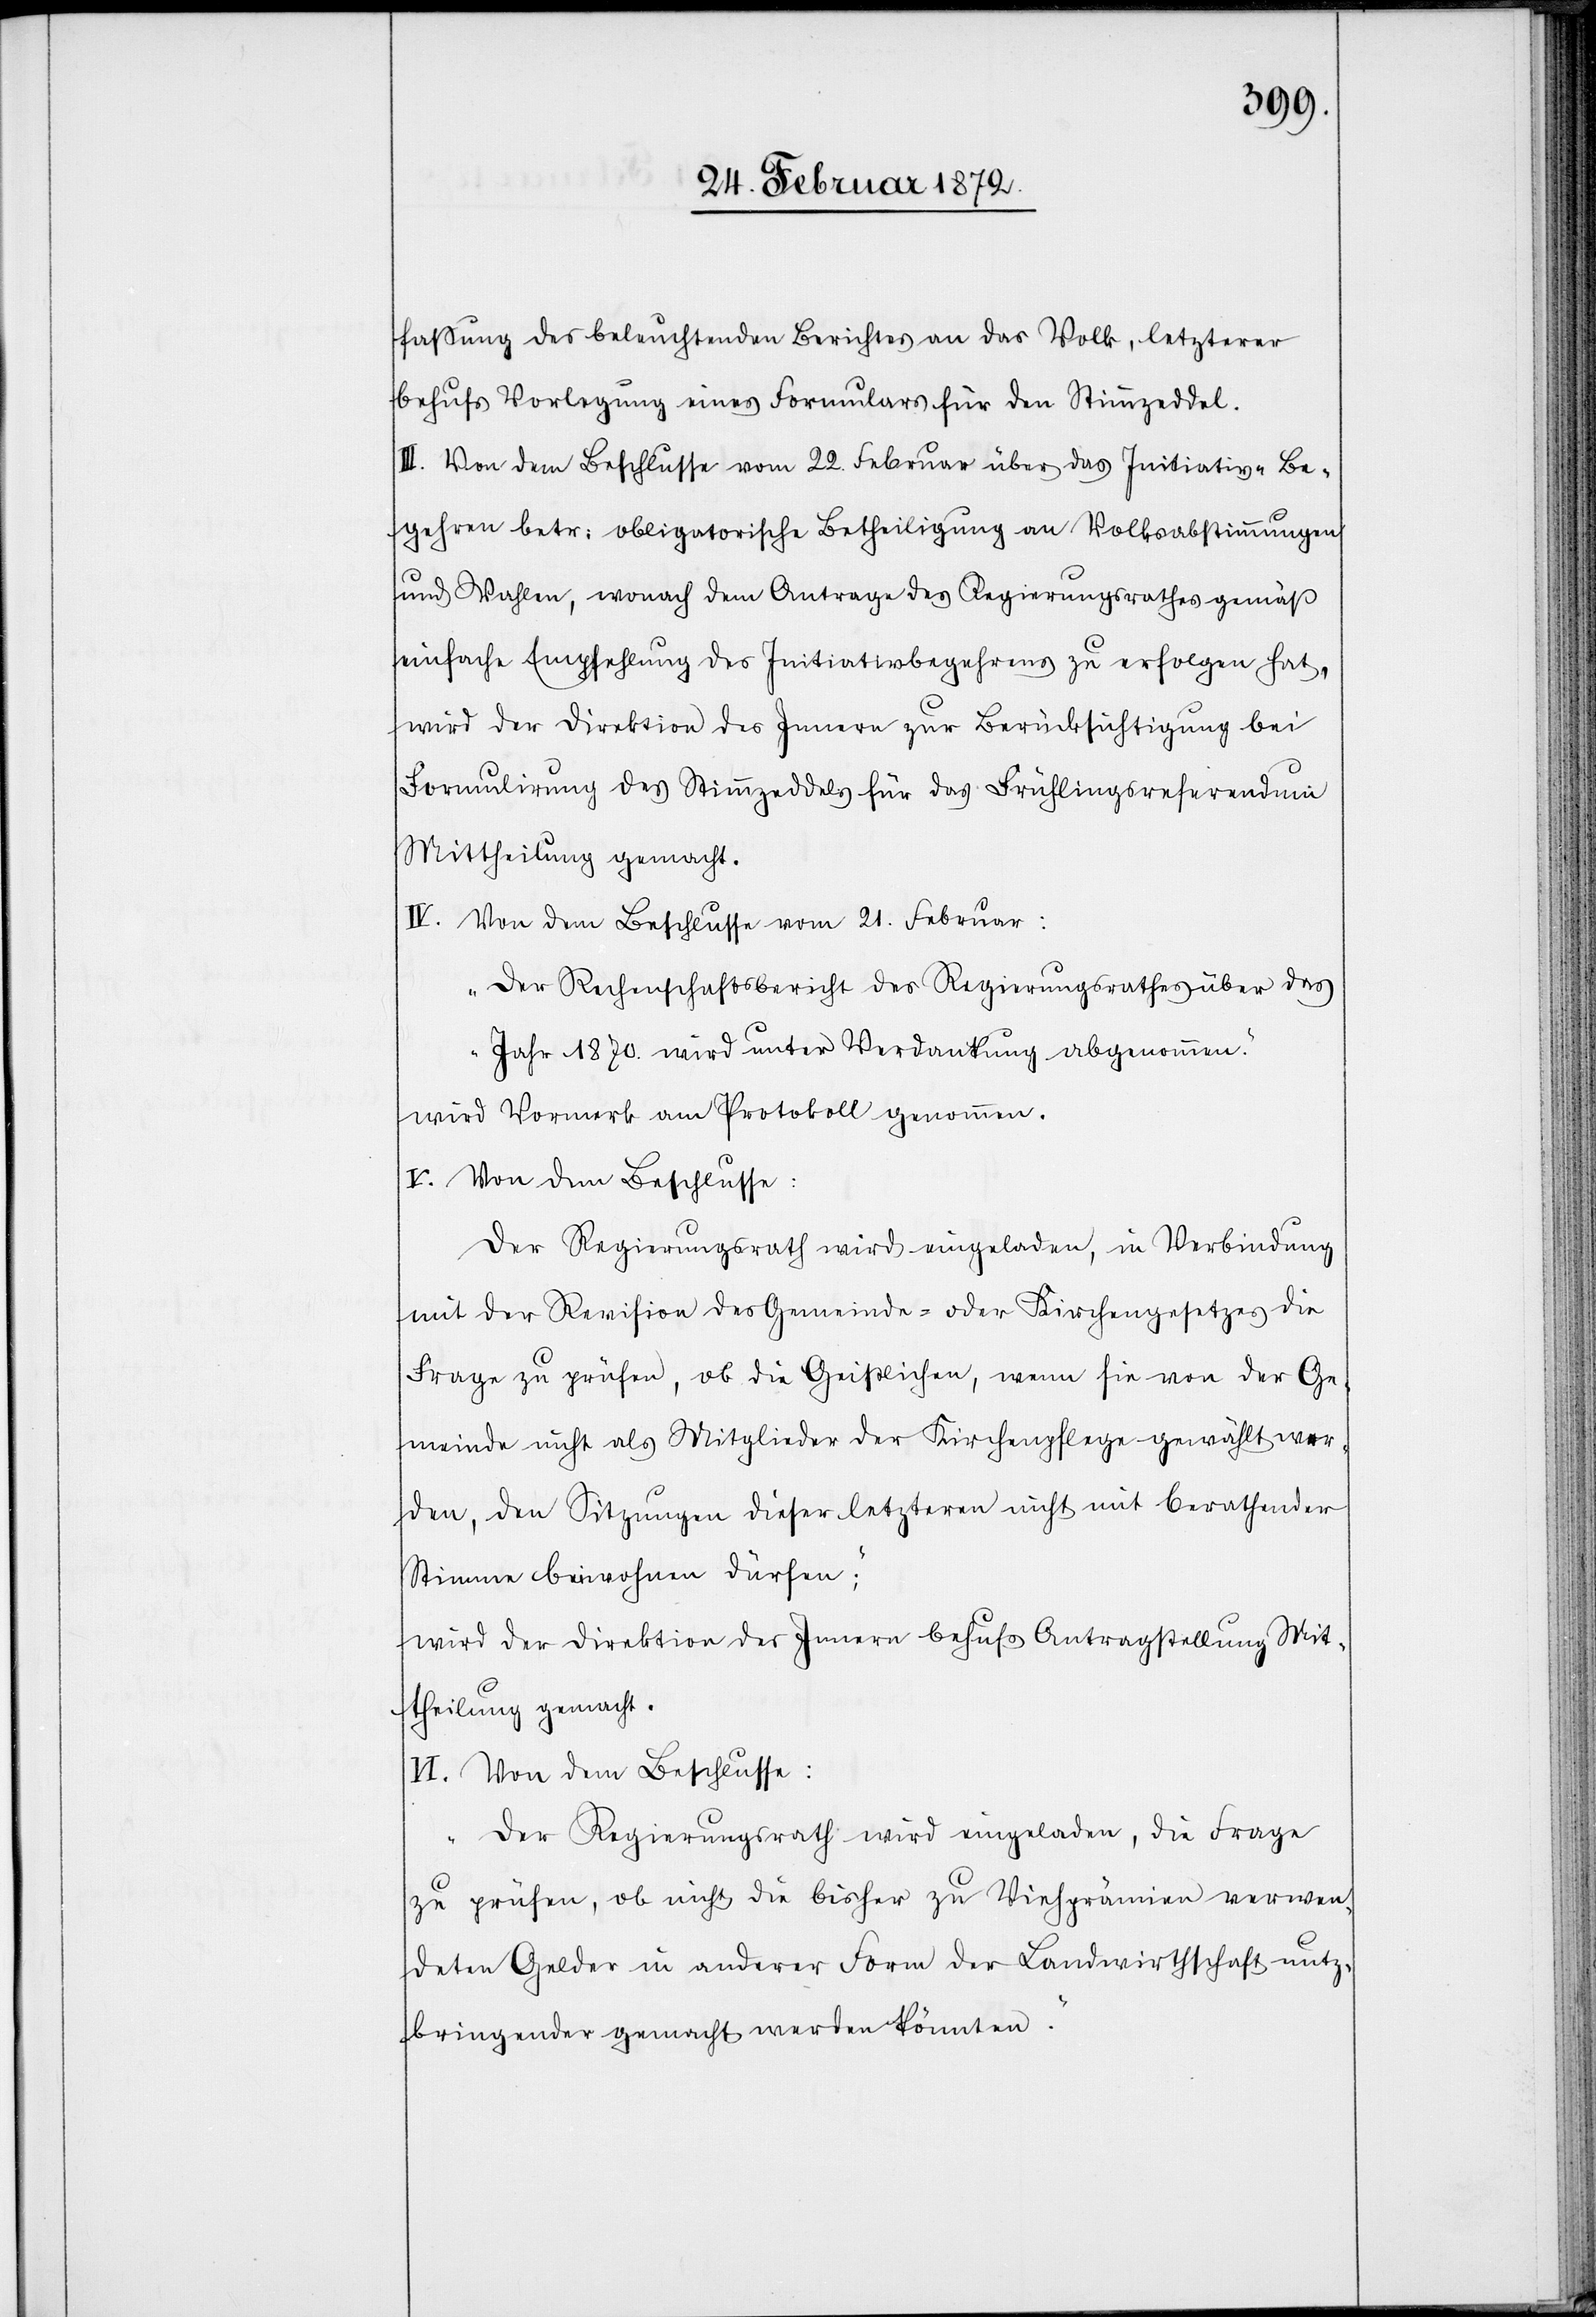
fassung des beleuchtenden Berichtes an das Volk, letzterer
behufs Vorlegung eines Formulars für den Stimmzeddel.
III. Von dem Beschlusse vom 22. Februar über das Initiativ-Be¬
gehren betr. obligatorische Betheiligung an Volksabstimmungen
und Wahlen, wonach dem Antrage des Regierungsrathes gemäß
einfache Empfehlung des Initiativbegehrens zu erfolgen hat,
wird der Direktion des Innern zur Berücksichtigung bei
Formulirung des Stimmzeddels für das Frühlingsreferendum
Mittheilung gemacht.
IV. Von dem Beschlusse vom 21. Februar:
„Der Rechenschaftsbericht des Regierungsrathes über das
Jahr 1870. wird unter Verdankung abgenommen.“
wird Vormerk am Protokoll genommen.
V. Von dem Beschlusse:
Der Regierungsrath wird eingeladen, in Verbindung
mit der Revision des Gemeinde- oder Kirchengesetzes die
Frage zu prüfen, ob die Geistlichen, wen sie von der Ge¬
meinde nicht als Mitglieder der Kirchenpflege gewählt wer¬
den, den Sitzungen dieser letzteren nicht mit berathender
Stimme beiwohnen dürfen;“
wird der Direktion des Innern behufs Antragstellung Mit¬
theilung gemacht.
VI. Von dem Beschlusse:
„Der Regierungsrath wird eingeladen, die Frage
zu prüfen, ob nicht die bisher zu Viehprämien verwen¬
deten Gelder in anderer Form der Landwirthschaft nutz¬
bringender gemacht werden könnten.“